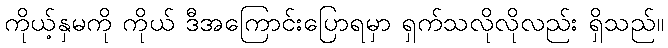
ကိုယ့်နှမကို ကိုယ် ဒီအကြောင်းပြောရမှာ ရှက်သလိုလိုလည်း ရှိသည်။